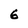
Character: 6